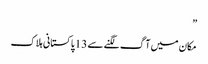
”
مکان میں آگ لگنے سے 13 پاکستانی ہلاک